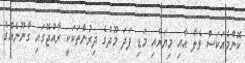
ކޮންމެއަކަސް ވެލާ އާއި މިޔަރާއި މަޑި ފަދަ މޫދުގެ ދިރުންތަކަކީ ރާއްޖޭގައި ގާނޫނެއްގެ